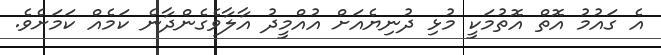
އެ ގައުމު އޮތް އޮތުމަކީ މުޅި ދުނިޔެއަށް އުއްމީދު އާލާވެގެންދާނެ ކަމެއް ކަމަށެވެ.